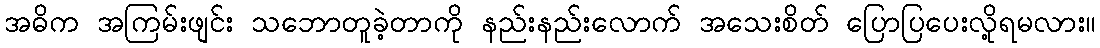
အဓိက အကြမ်းဖျင်း သဘောတူခဲ့တာကို နည်းနည်းလောက် အသေးစိတ် ပြောပြပေးလို့ရမလား။